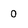
Character: O